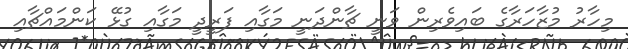
މިހާރު މުޒާހަރާގެ ބައިވެރިން ވަނީ ޗާންދަނީ މަގާއި ފަރީދީ މަގާއި ގުޅޭ ކަންމައްޗާއި